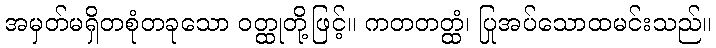
အမှတ်မရှိတစုံတခုသော ဝတ္ထုတို့ဖြင့်။ ကတတတ္ထံ၊ ပြုအပ်သောထမင်းသည်။